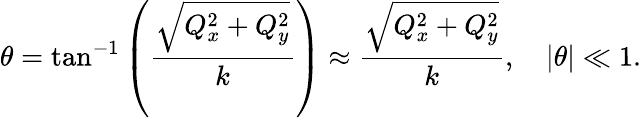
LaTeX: \theta=\tan^{-1}\left(\frac{\sqrt{Q_{x}^{2}+Q_{y}^{2}}}{k}\right)\approx\frac{\sqrt{Q_{x}^{2}+Q_{y}^{2}}}{k},\quad\vert\theta\vert\ll 1.